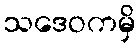
သဒေဝကမှိ